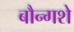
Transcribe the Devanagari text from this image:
बौन्गशे